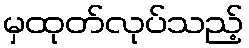
မှထုတ်လုပ်သည့်